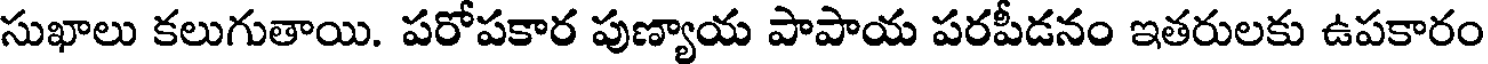
సుఖాలు కలుగుతాయి. పరోపకార పుణ్యాయ పాపాయ పరపీడనం ఇతరులకు ఉపకారం